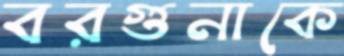
বরগুনাকে